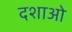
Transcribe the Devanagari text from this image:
दशाओ